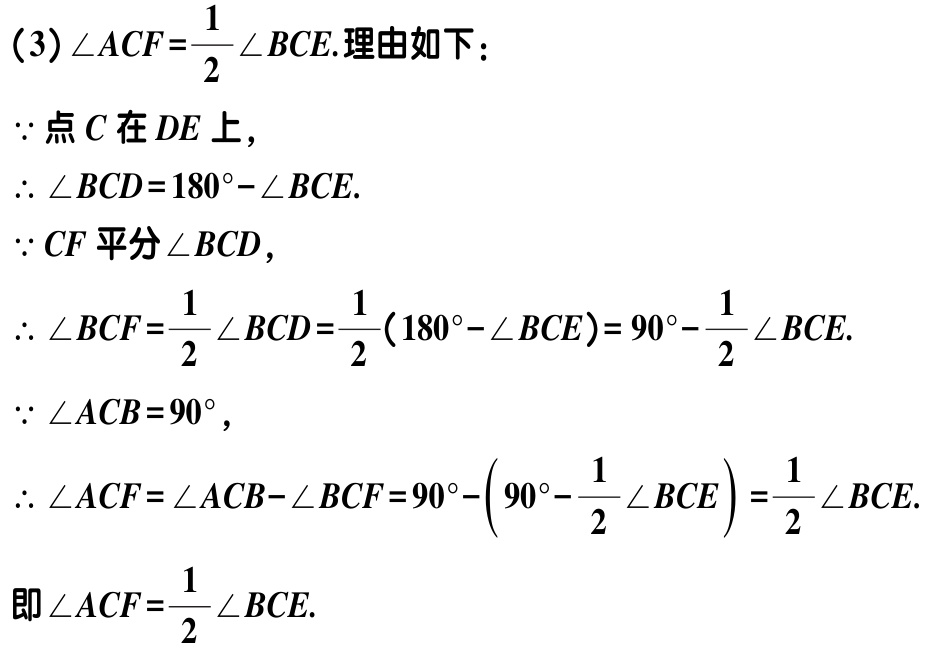
(3)$\angle ACF=\frac{1}{2}\angle BCE$. 理由如下：
$\because$点$C$在$DE$上，
$\therefore \angle BCD = 180^{\circ}-\angle BCE$.
$\because CF$平分$\angle BCD$，
$\therefore \angle BCF=\frac{1}{2}\angle BCD=\frac{1}{2}(180^{\circ}-\angle BCE)=90^{\circ}-\frac{1}{2}\angle BCE$.
$\because \angle ACB = 90^{\circ}$，
$\therefore \angle ACF=\angle ACB - \angle BCF=90^{\circ}-(90^{\circ}-\frac{1}{2}\angle BCE)=\frac{1}{2}\angle BCE$.
即$\angle ACF=\frac{1}{2}\angle BCE$.